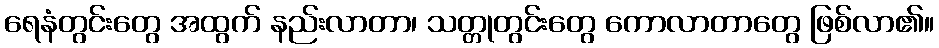
ရေနံတွင်းတွေ အထွက် နည်းလာတာ၊ သတ္တုတွင်းတွေ ကောလာတာတွေ ဖြစ်လာ၏။